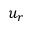
u _ { r }